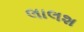
લાલશ